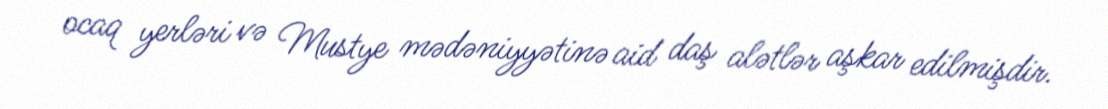
ocaq yerləri və Mustye mədəniyyətinə aid daş alətlər aşkar edilmişdir.